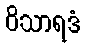
ဝိသာရဒံ